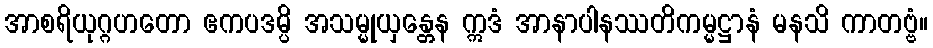
အာစရိယုဂ္ဂဟတော ဧကပဒမ္ပိ အသမ္မုယှန္တေန ဣဒံ အာနာပါနဿတိကမ္မဋ္ဌာနံ မနသိ ကာတဗ္ဗံ။